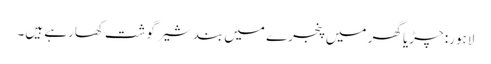
لاہور: چڑیا گھر میں پنجرے میں بند شیر گوشت کھارہے ہیں۔